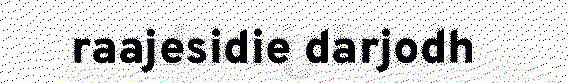
raajesidie darjodh